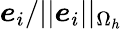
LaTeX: \boldsymbol{e}_{i}/||\boldsymbol{e}_{i}||_{\Omega_{h}}